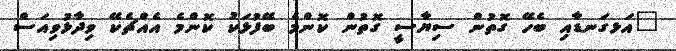
"އަޅގަނޑާއި ބެހޭ ގޮތުން ސިޔާސީ ގޮތުން ކޮންމެ ބޭފުޅަކު ކޮންމެ އެއްޗެކޭ ވިދާޅުވިއަސް